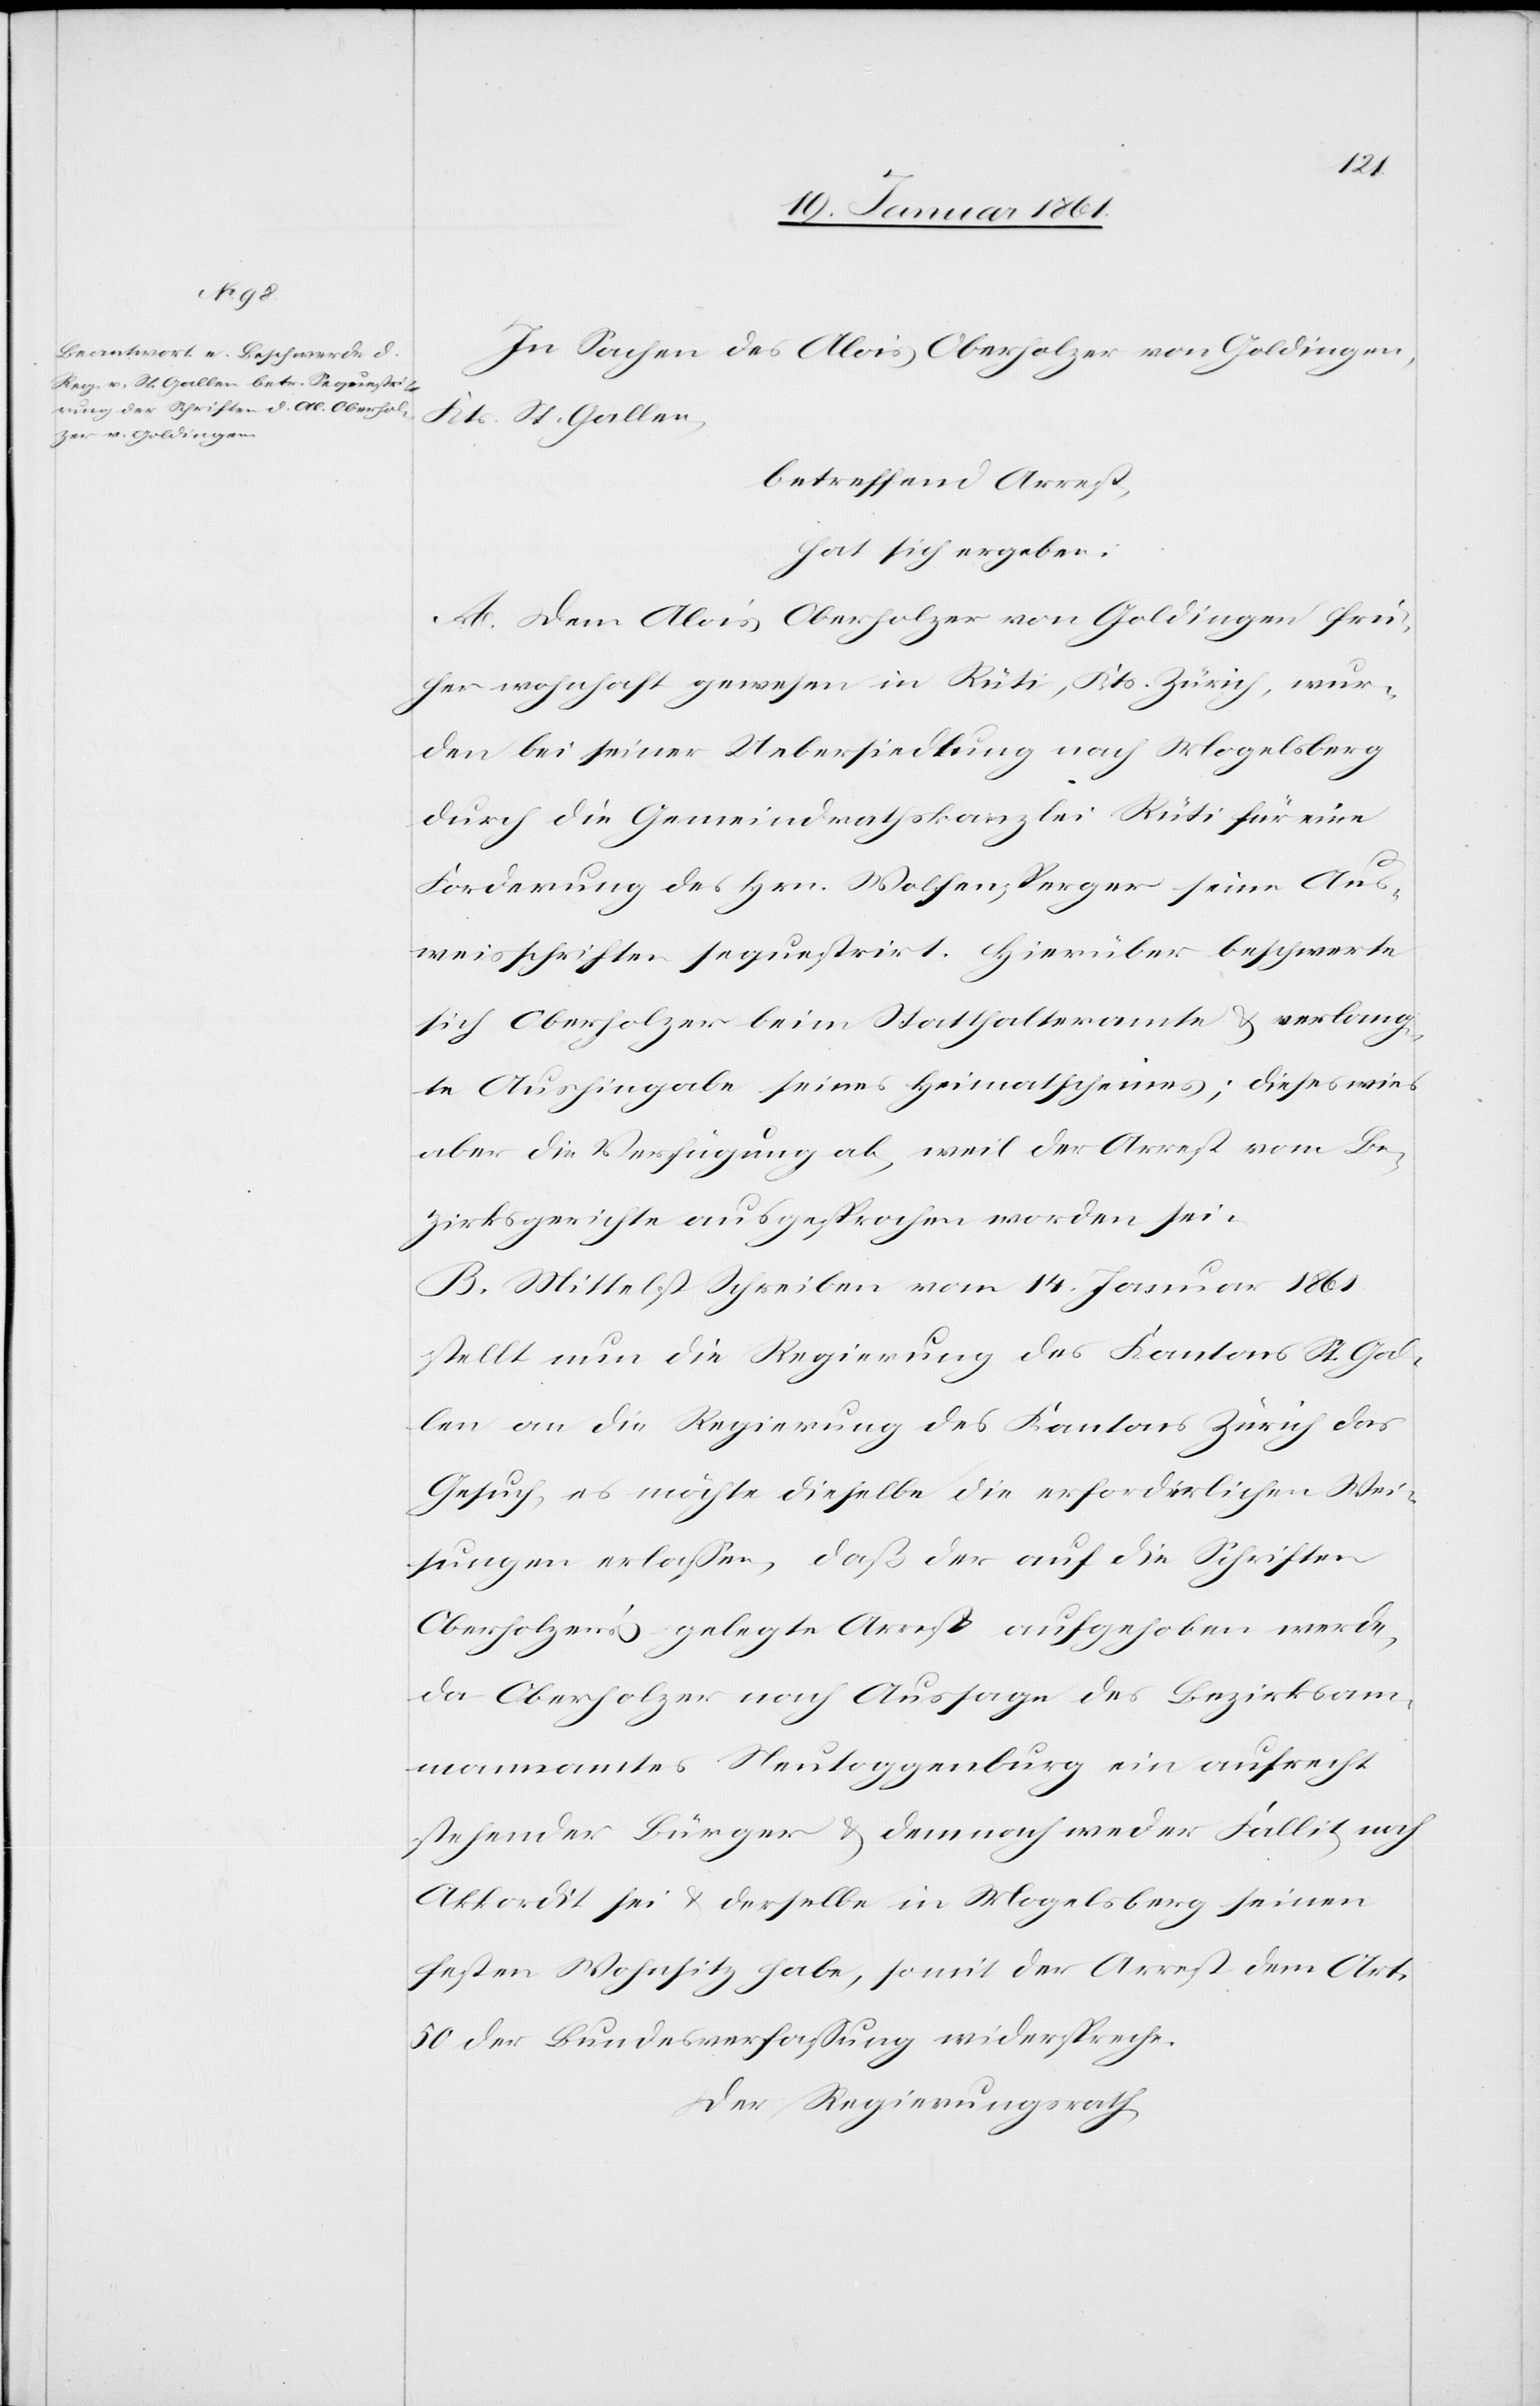
In Sachen des Alois Oberholzer von Goldingen,
Kts. St. Gallen,
betreffend Arrest,
hat sich ergeben:
A. Dem Alois Oberholzer von Goldingen frü¬
her wohnhaft gewesen in Rüti, Kts. Zürich, wur¬
de bei seiner Uebersiedlung nach Mogelsberg
durch die Gemeindrathskanzlei Rüti für eine
Forderung des Hrn. Wolfensperger seine Aus¬
weisschriften sequestrirt. Hierüber beschwerte
sich Oberholzer beim Statthalteramt u. verlang¬
te Aushingabe seines Heimatscheines; dieses wies
aber die Verfügung ab, weil der Arrest vom Be¬
zirksgerichte ausgesprochen worden sei.
B. Mittelst Schreiben vom 14. Januar 1861
stellt nun die Regierung des Kantons St. Gal¬
len an die Regierung des Kantons Zürich das
Gesuch, es möchte dieselbe die erforderlichen Wei¬
sungen erlassen, daß der auf die Schriften
Oberholzer’s gelegte Arrest aufgehoben werde,
da Oberholzer nach Aussage des Bezirksam¬
mannamtes Neutoggenburg ein aufrecht¬
stehender Bürger u. demnach weder Fallit noch
Akkordirt sei u. derselbe in Mogelsberg seinen
festen Wohnsitz habe, somit der Arrest dem Art.
50 der Bundesverfassung widerspreche.
Der Regierungsrath